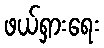
ဖယ်ရှားရေး